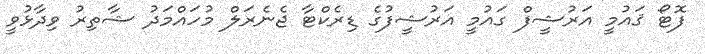
ފޮޓޯ ޤައުމީ އަރުޝީފް ގައުމީ އަރުޝީފުގެ ޑިރެކްޓާ ޖެނެރަލް މުހައްމަދު ޝާތިރު ވިދާޅުވީ